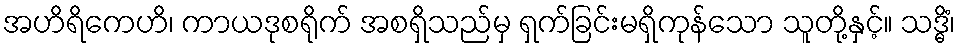
အဟိရိကေဟိ၊ ကာယဒုစရိုက် အစရှိသည်မှ ရှက်ခြင်းမရှိကုန်သော သူတို့နှင့်။ သဒ္ဓိံ၊